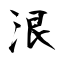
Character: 泿